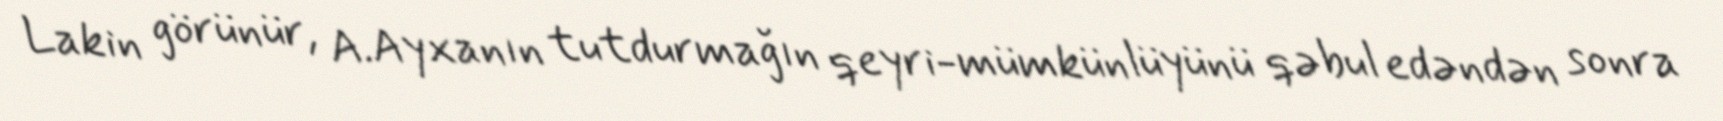
Lakin görünür, A.Ayxanın tutdurmağın qeyri-mümkünlüyünü qəbul edəndən sonra